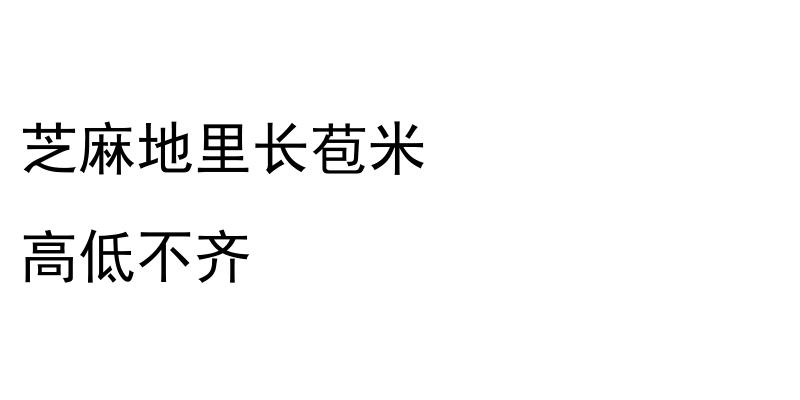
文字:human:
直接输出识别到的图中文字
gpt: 芝麻地里长苞米 高低不齐